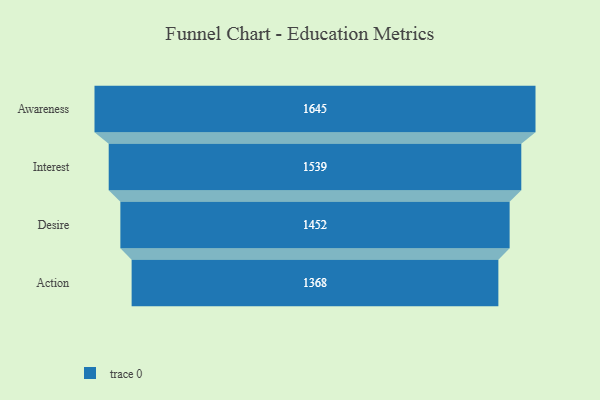
{"axis": {"x": "Stage", "y": "Value"}, "legend": [""], "data": [{"x": "Awareness", "y": 1645.0, "type": ""}, {"x": "Interest", "y": 1539.0, "type": ""}, {"x": "Desire", "y": 1452.0, "type": ""}, {"x": "Action", "y": 1368.0, "type": ""}]}